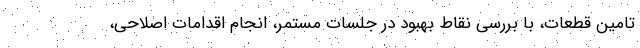
تامین قطعات، با بررسی نقاط بهبود در جلسات مستمر، انجام اقدامات اصلاحی،